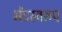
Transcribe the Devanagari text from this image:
भेंटस्‍वरुप